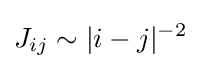
J_{ij}\sim |i-j|^{-2}